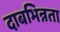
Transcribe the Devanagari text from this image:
दाबभिन्नता